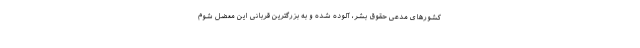
کشورهای مدعی حقوق بشر، آلوده شده و به بزرگترین قربانی این معضل شوم